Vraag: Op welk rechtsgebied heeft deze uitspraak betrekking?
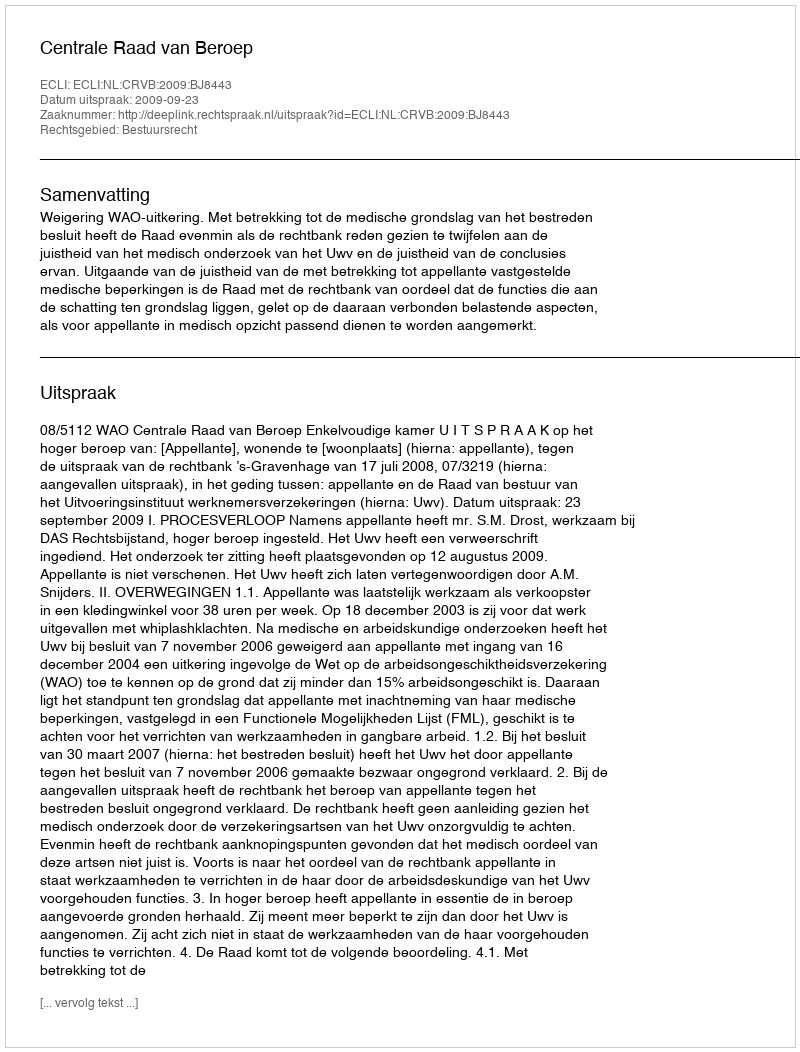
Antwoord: Bestuursrecht